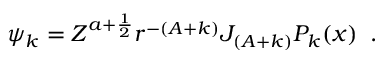
\psi _ { k } = Z ^ { a + \frac { 1 } { 2 } } r ^ { - ( A + k ) } J _ { ( A + k ) } P _ { k } ( x ) \, \, \, .